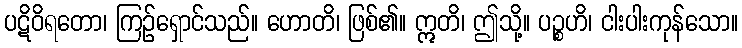
ပဋိဝိရတော၊ ကြဉ်ရှောင်သည်။ ဟောတိ၊ ဖြစ်၏။ ဣတိ၊ ဤသို့။ ပဉ္စဟိ၊ ငါးပါးကုန်သော။